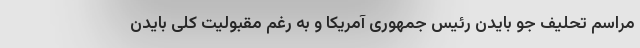
مراسم تحلیف جو بایدن رئیس جمهوری آمریکا و به رغم مقبولیت کلی بایدن